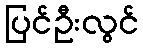
ပြင်ဦးလွင်